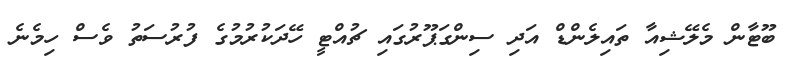
ބޫޓާން މެލޭޝިއާ ތައިލެންޑް އަދި ސިންގަޕޫރުގައި ޗުއްޓީ ހޭދަކުރުމުގެ ފުރުސަތު ވެސް ހިމެނެ